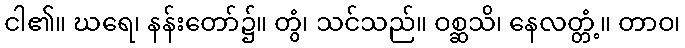
ငါ၏။ ဃရေ၊ နန်းတော်၌။ တွံ၊ သင်သည်။ ဝစ္ဆသိ၊ နေလတ္တံ့။ တာဝ၊